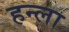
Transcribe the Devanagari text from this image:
हन्ला